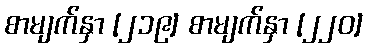
စာမျက်နှာ [၂၁၉] စာမျက်နှာ [၂၂၀]